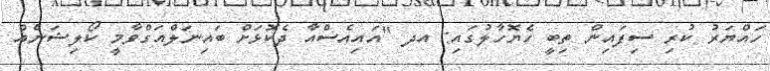
ހައްޔަރު ކުރި ސިފައިން ތިބީ ހެޔޮހާލުގައި: އދ "އައިއެސްއާ ދެކޮޅަށް ބައިނަލްއަގްވާމީ ކޯލިޝަނެއް